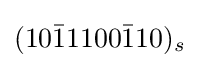
(10{\bar {1}}1100{\bar {1}}10)_{s}